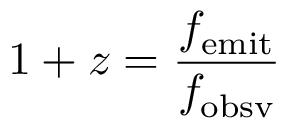
1 + z = { \frac { f _ { \mathrm { e m i t } } } { f _ { \mathrm { o b s v } } } }